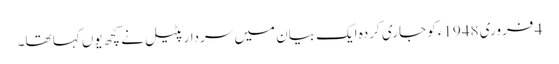
4 فروری 1948ء کو جاری کردہ ایک بیان میں سردار پٹیل نے کچھ یوں کہا تھا۔